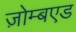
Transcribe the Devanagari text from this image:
ज़ोम्बएड